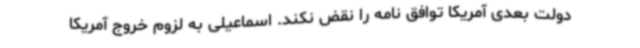
دولت بعدی آمریکا توافق نامه را نقض نکند. اسماعیلی به لزوم خروج آمریکا